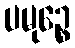
ပမုဉ္စေ